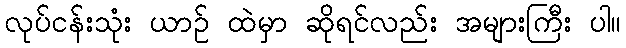
လုပ်ငန်းသုံး ယာဉ် ထဲမှာ ဆိုရင်လည်း အများကြီး ပါ။